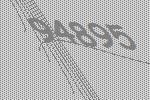
94895